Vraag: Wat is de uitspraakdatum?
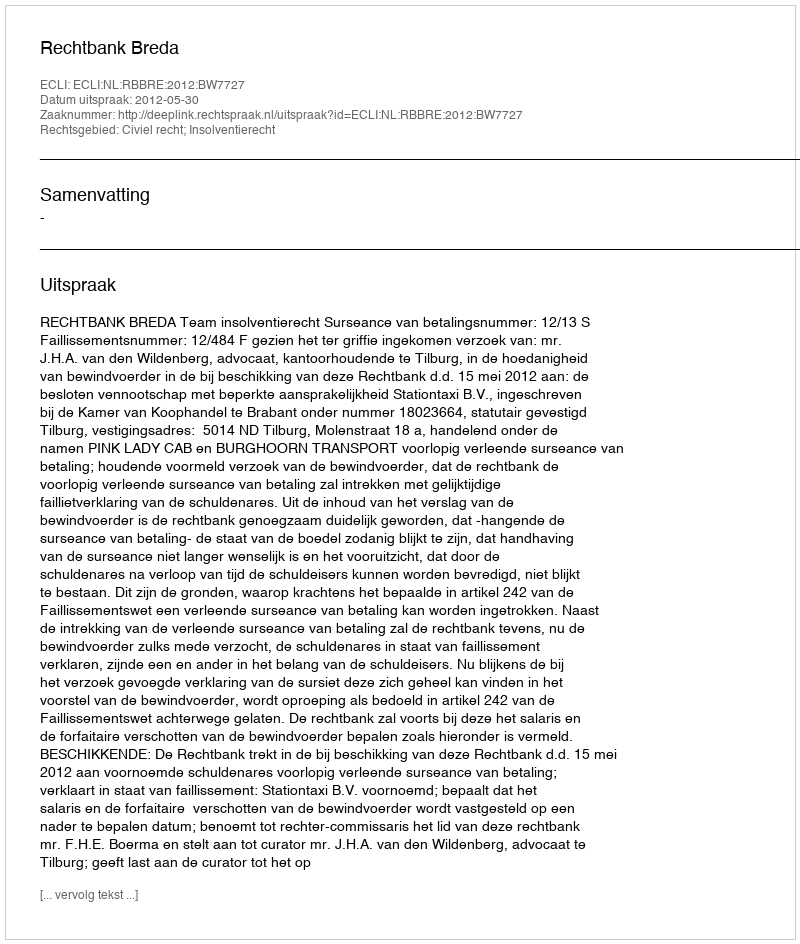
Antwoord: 2012-05-30